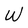
Character: W